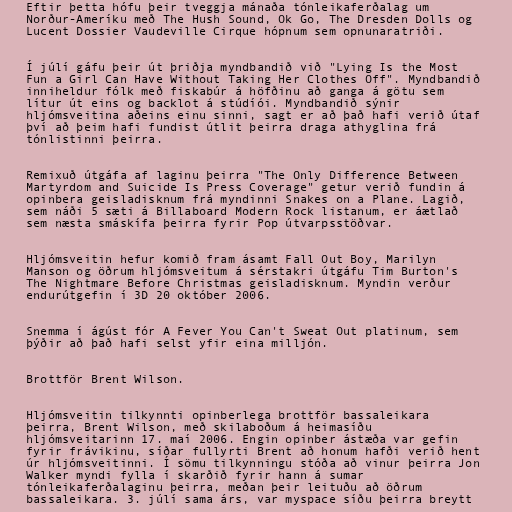
Eftir þetta hófu þeir tveggja mánaða tónleikaferðalag um
Norður-Ameríku með The Hush Sound, Ok Go, The Dresden Dolls og
Lucent Dossier Vaudeville Cirque hópnum sem opnunaratriði.

Í júlí gáfu þeir út þriðja myndbandið við "Lying Is the Most
Fun a Girl Can Have Without Taking Her Clothes Off". Myndbandið
inniheldur fólk með fiskabúr á höfðinu að ganga á götu sem
lítur út eins og backlot á stúdíói. Myndbandið sýnir
hljómsveitina aðeins einu sinni, sagt er að það hafi verið útaf
því að þeim hafi fundist útlit þeirra draga athyglina frá
tónlistinni þeirra.

Remixuð útgáfa af laginu þeirra "The Only Difference Between
Martyrdom and Suicide Is Press Coverage" getur verið fundin á
opinbera geisladisknum frá myndinni Snakes on a Plane. Lagið,
sem náði 5 sæti á Billaboard Modern Rock listanum, er áætlað
sem næsta smáskífa þeirra fyrir Pop útvarpsstöðvar.

Hljómsveitin hefur komið fram ásamt Fall Out Boy, Marilyn
Manson og öðrum hljómsveitum á sérstakri útgáfu Tim Burton's
The Nightmare Before Christmas geisladisknum. Myndin verður
endurútgefin í 3D 20 október 2006.

Snemma í ágúst fór A Fever You Can't Sweat Out platinum, sem
þýðir að það hafi selst yfir eina milljón.

Brottför Brent Wilson.

Hljómsveitin tilkynnti opinberlega brottför bassaleikara
þeirra, Brent Wilson, með skilaboðum á heimasíðu
hljómsveitarinn 17. maí 2006. Engin opinber ástæða var gefin
fyrir frávikinu, síðar fullyrti Brent að honum hafði verið hent
úr hljómsveitinni. Í sömu tilkynningu stóða að vinur þeirra Jon
Walker myndi fylla í skarðið fyrir hann á sumar
tónleikaferðalaginu þeirra, meðan þeir leituðu að öðrum
bassaleikara. 3. júlí sama árs, var myspace síðu þeirra breytt